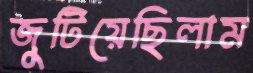
জুটিয়েছিলাম